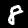
Label: 8